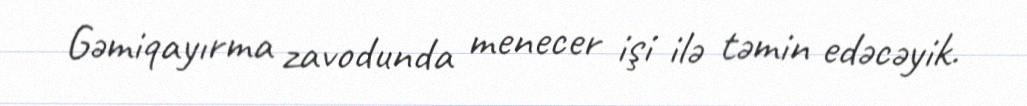
Gəmiqayırma zavodunda menecer işi ilə təmin edəcəyik.